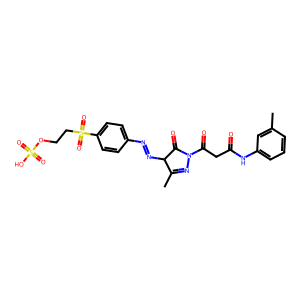
SMILES: CC1=NN(C(=O)CC(=O)Nc2cccc(C)c2)C(=O)C1N=Nc1ccc(S(=O)(=O)CCOS(=O)(=O)O)cc1
Inhibits HIV replication: No